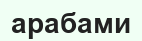
арабами